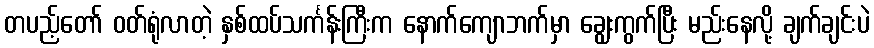
တပည့်တော် ဝတ်ရုံလာတဲ့ နှစ်ထပ်သင်္ကန်းကြီးက နောက်ကျောဘက်မှာ ချွေးကွက်ပြီး မည်းနေလို့ ချက်ချင်းပဲ